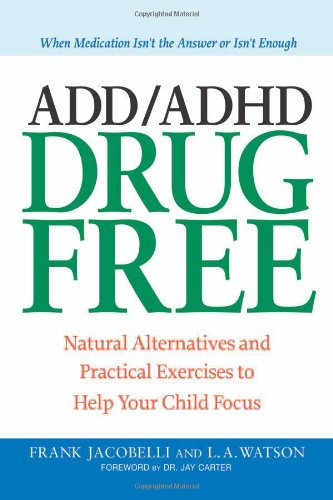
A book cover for ADD/ADHD Drug Free: Natural Alternatives and Practical Exercises to Help Your Child Focus; Frank Jacobelli; Parenting & Relationships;